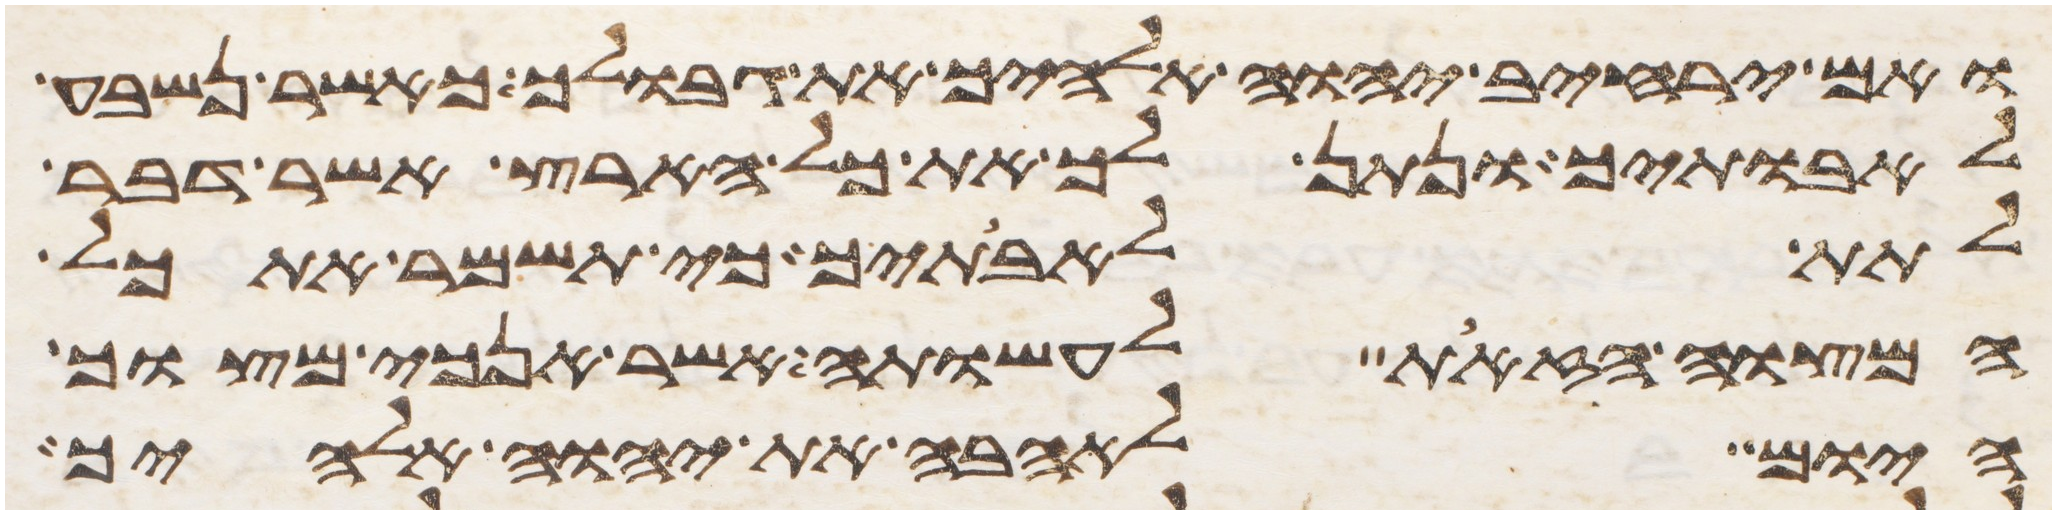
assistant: ואם ירחיב יהוה אלהיך את גבולך כאשר נשבע
לאבתיך ונתן לך את כל הארץ אשר דבר
לתת לאבתיך כי תשמר את כל
המצוה הזאת לעשותה אשר אנכי מצוך
היום לאהבה את יהוה אלהיך